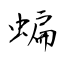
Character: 蝙